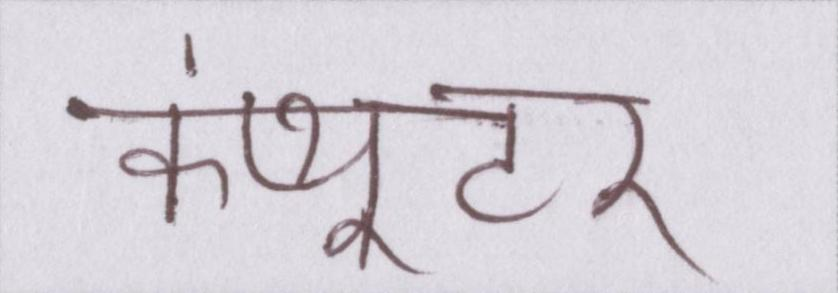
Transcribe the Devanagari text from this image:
कंप्यूटर